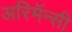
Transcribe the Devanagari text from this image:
अरिमॅन्सी